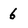
Character: 6